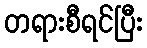
တရားစီရင်ပြီး